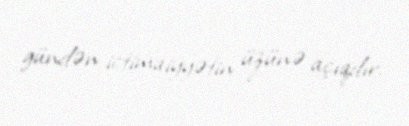
gündən ictimaiyyətin üzünə açıqdır.